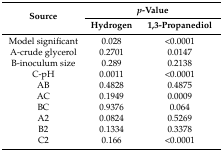
| <ROWSPAN=2> Source | <COLSPAN=2> p-Value |
 | Hydrogen | 1,3-Propanediol |
 | --- | --- | --- |
 | Model significant | 0.028 | <0.0001 |
 | A-crude glycerol | 0.2701 | 0.0147 |
 | B-inoculum size | 0.289 | 0.2138 |
 | C-pH | 0.0011 | <0.0001 |
 | AB | 0.4828 | 0.4875 |
 | AC | 0.1949 | 0.0009 |
 | BC | 0.9376 | 0.064 |
 | A2 | 0.0824 | 0.5269 |
 | B2 | 0.1334 | 0.3378 |
 | C2 | 0.166 | <0.0001 |